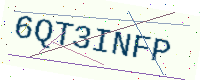
Text: 6QT3INFP